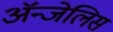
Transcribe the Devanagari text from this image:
ॲन्जेलिस